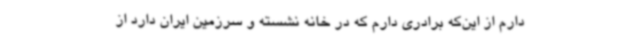
دارم از این‌که برادری دارم که در خانه نشسته و سرزمین ایران دارد از